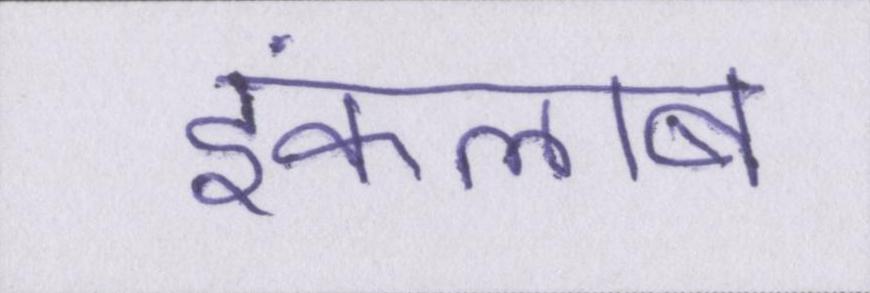
इंकलाब